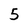
Character: 5